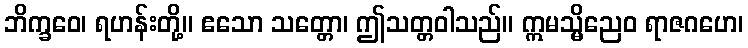
ဘိက္ခဝေ၊ ရဟန်းတို့။ ဧသော သတ္တော၊ ဤသတ္တဝါသည်။ ဣမသ္မိညေဝ ရာဇဂဟေ၊